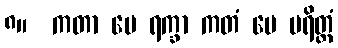
၈။  ကတာ မေ ရက္ခာ ကတံ မေ ပရိတ္တံ